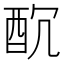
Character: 𨠁